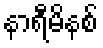
နာရီမိနစ်